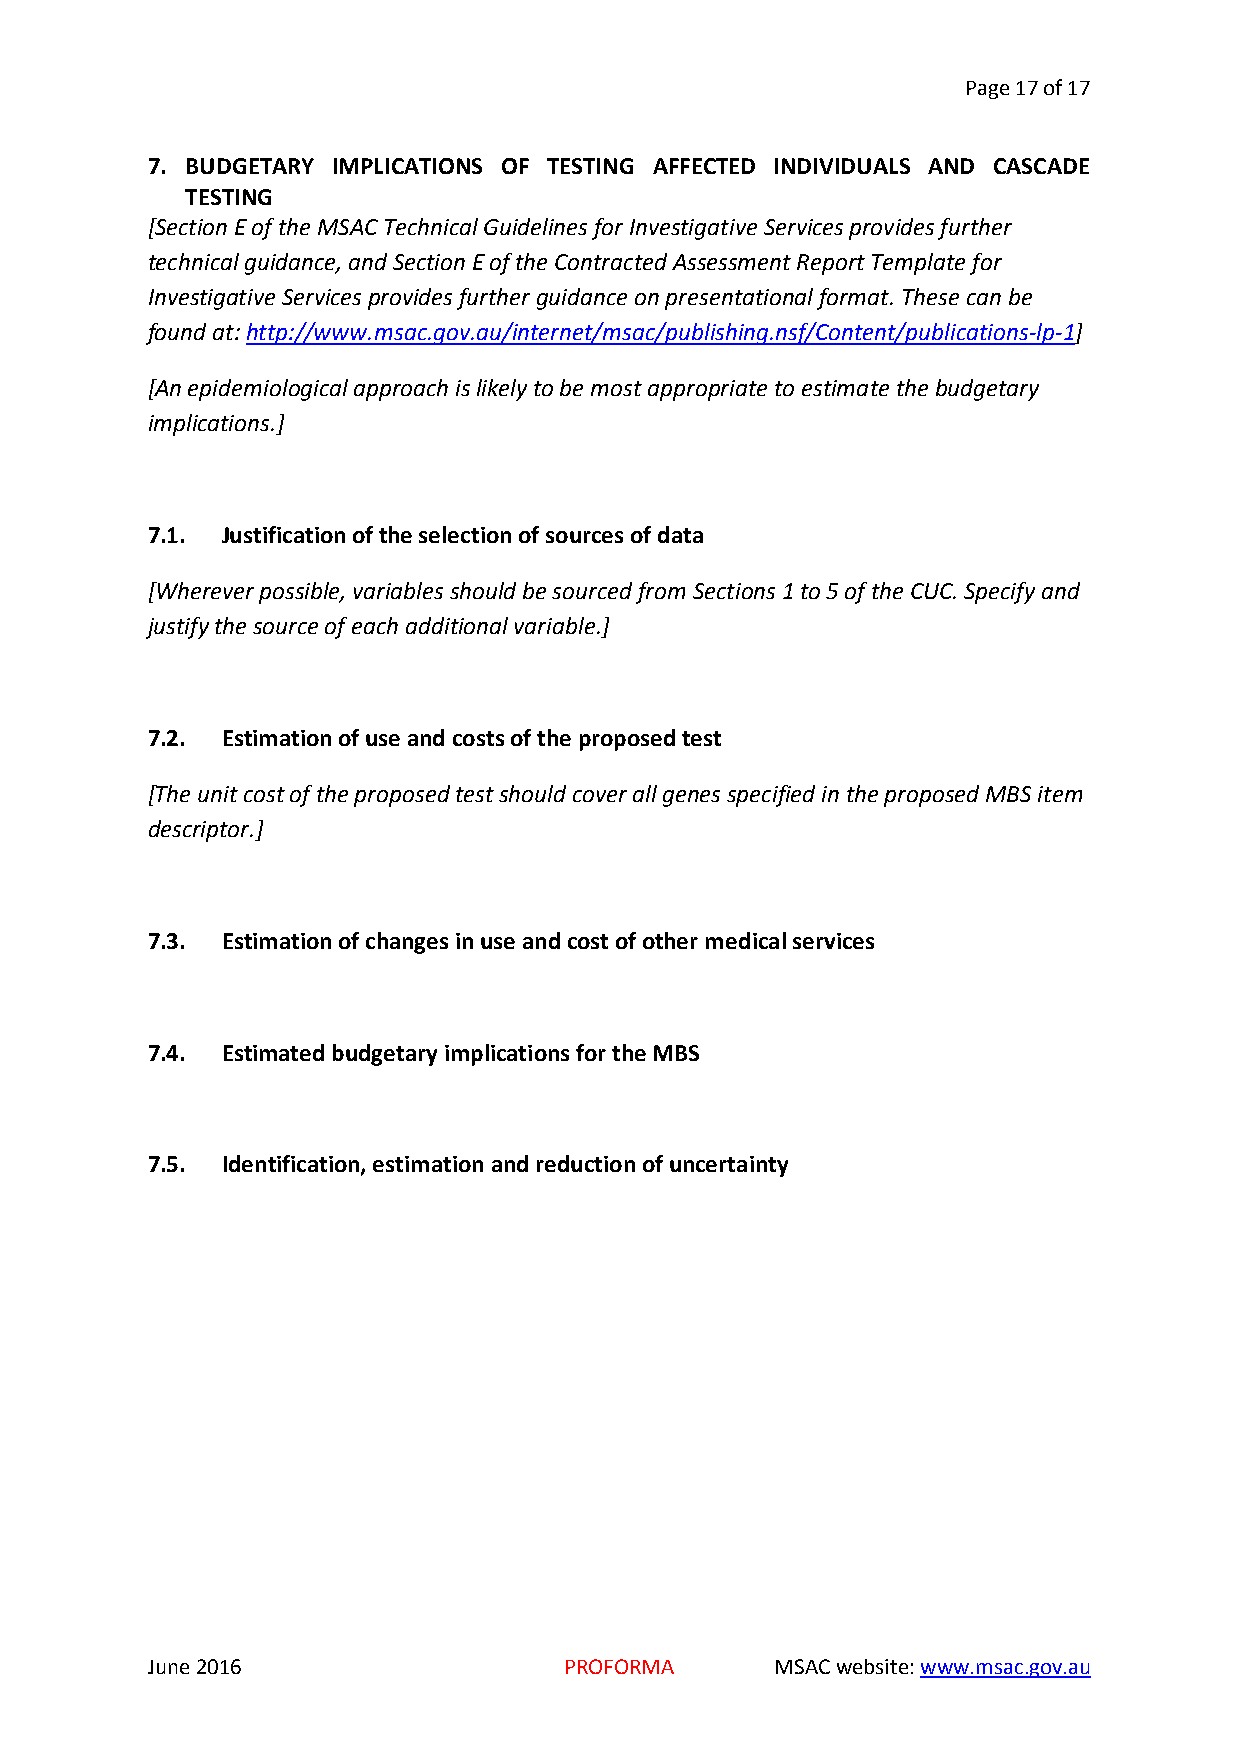
Page 17 of 17
 7. BUDGETARY IMPLICATIONS OF TESTING AFFECTED INDIVIDUALS AND CASCADE
 TESTING
 [Section E of the MSAC Technical Guidelines for Investigative Services provides further
 technical guidance, and Section E of the Contracted Assessment Report Template for
 Investigative Services provides further guidance on presentational format. These can be
 found at: http://www.msac.gov.au/internet/msac/publishing.nsf/Content/publications-lp-1]
 [An epidemiological approach is likely to be most appropriate to estimate the budgetary
 implications.]
 7.1. Justification of the selection of sources of data
 [Wherever possible, variables should be sourced from Sections 1 to 5 of the CUC. Specify and
 justify the source of each additional variable.]
 7.2. Estimation of use and costs of the proposed test
 [The unit cost of the proposed test should cover all genes specified in the proposed MBS item
 descriptor.]
 7.3. Estimation of changes in use and cost of other medical services
 7.4. Estimated budgetary implications for the MBS
 7.5. Identification, estimation and reduction of uncertainty
 June 2016                  PROFORMA      MSAC website: www.msac.gov.au